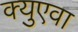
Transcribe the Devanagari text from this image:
क्युएवा